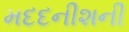
મદદનીશની